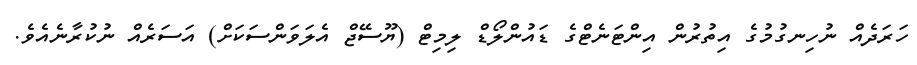
ހަރަދެއް ނުހިނގުމުގެ އިތުރުން އިންޓަނެޓްގެ ޑައުންލޯޑް ލިމިޓް (ޔޫސޭޖް އެލަވަންސަކަށް) އަސަރެއް ނުކުރާނެއެވެ.